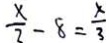
\frac { x } { 2 } - 8 = \frac { x } { 3 }